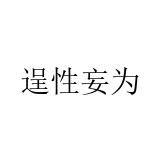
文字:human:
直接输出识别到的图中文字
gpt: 逞性妄为